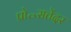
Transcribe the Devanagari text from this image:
प्रो॰सतेंदर